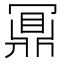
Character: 𪔃